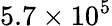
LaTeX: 5.7\times 10^{5}